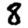
Digit: 8